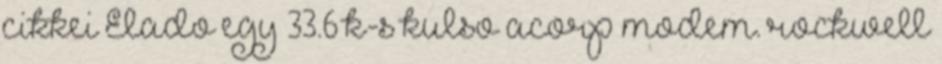
cikkei Elado egy 33.6 k-s kulso acorp modem. rockwell